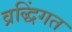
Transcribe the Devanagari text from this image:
व्रद्धिंगत